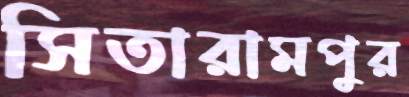
সিতারামপুর